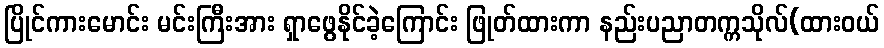
ပြိုင်ကားမောင်း မင်းကြီးအား ရှာဖွေနိုင်ခဲ့ကြောင်း ဖြုတ်ထားကာ နည်းပညာတက္ကသိုလ်(ထားဝယ်